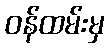
ဝန်ထမ်းမှ